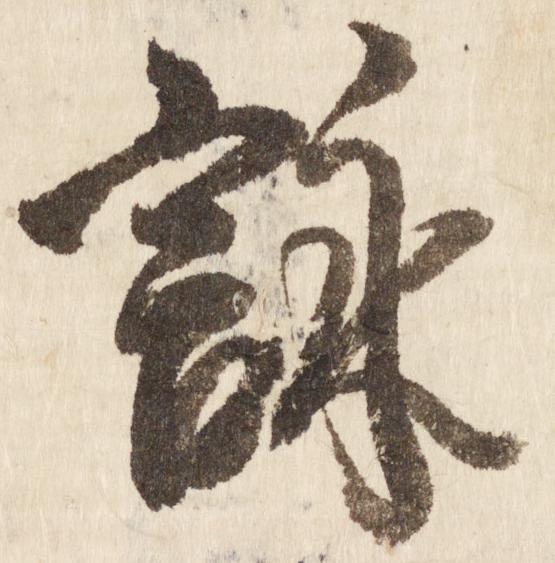
詠